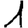
Digit: 1